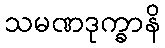
သမဏဒုက္ခာနိ